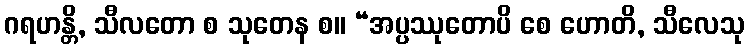
ဂရဟန္တိ, သီလတော စ သုတေန စ။ “အပ္ပဿုတောပိ စေ ဟောတိ, သီလေသု